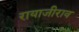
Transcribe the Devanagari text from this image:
रायाजीराव